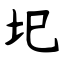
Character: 圯